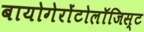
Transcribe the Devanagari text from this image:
बायोगेरोंटोलॉजिस्ट